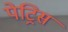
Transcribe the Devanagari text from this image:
पेट्रिस